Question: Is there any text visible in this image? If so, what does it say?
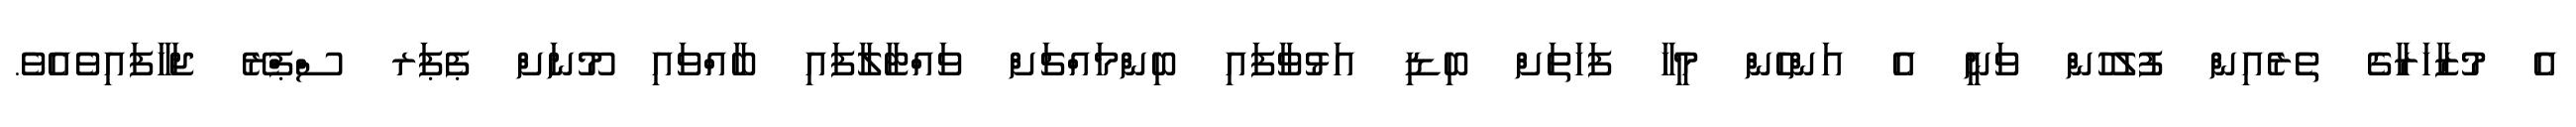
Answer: އެ މުޒާހަރާގެ ތެރެއިން ފުލުހުން ވަނީ އެ އަންހެން މީހާ ފަހަތަށް ބިޑި އަޅުވާފައި ބިންމައްޗަށް ވައްޓާލާފައި ބާއްވައި މޫނަށް ޕެޕަރ ސްޕްރޭ ޖަހާފައިވެއެވެ.